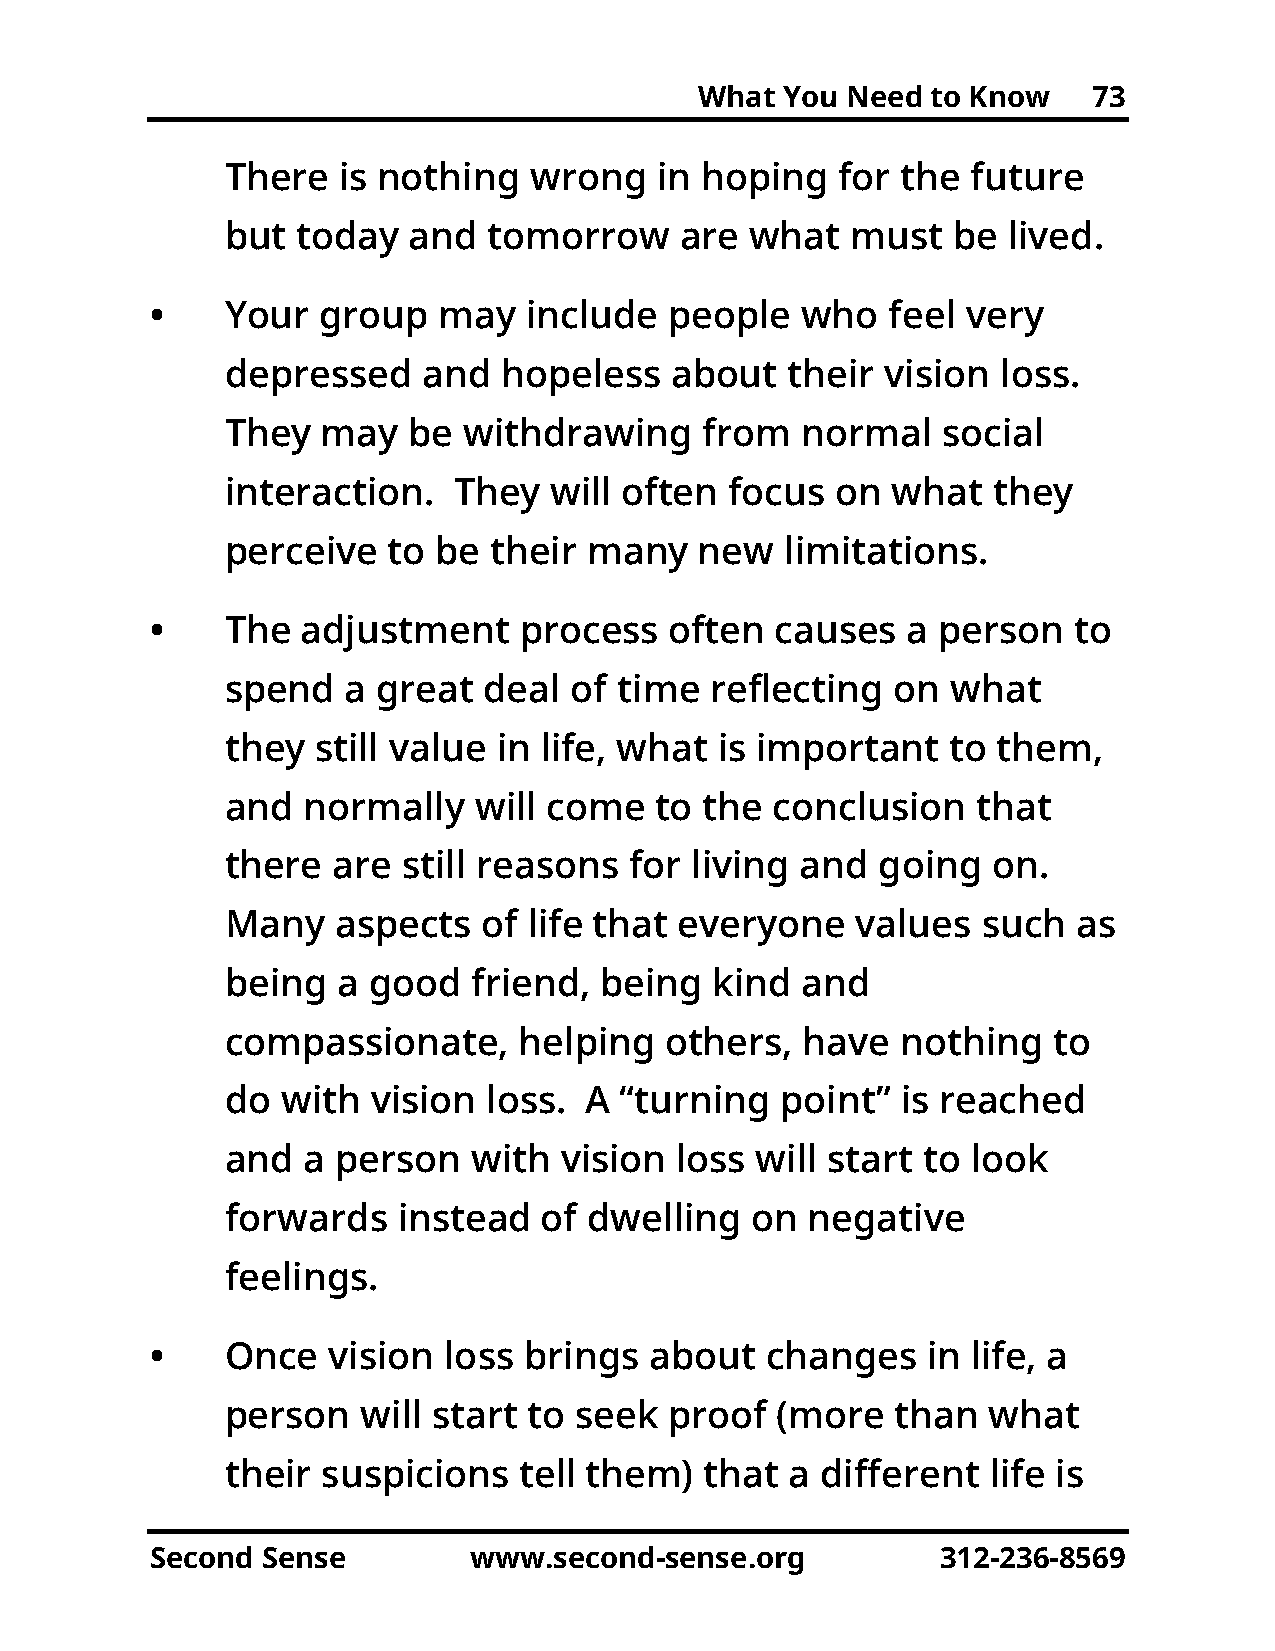
What  You Need  to Know   73
 There  is nothing   wrong   in hoping    for the future
 but  today  and  tomorrow     are  what  must   be  lived.
 •    Your  group   may   include  people   who   feel very
 depressed    and  hopeless   about   their  vision loss.
 They  may   be  withdrawing     from  normal   social
 interaction.   They  will often  focus  on  what   they
 perceive   to be their  many   new   limitations.
 •    The  adjustment    process   often  causes   a person   to
 spend   a great  deal  of time  reflecting  on  what
 they  still value in life, what  is important   to them,
 and  normally   will come   to  the conclusion    that
 there  are  still reasons  for living and  going   on.
 Many   aspects   of life that everyone    values  such  as
 being  a good   friend,  being  kind  and
 compassionate,     helping   others,  have   nothing   to
 do  with  vision loss.  A “turning   point”  is reached
 and  a person   with  vision  loss will start to look
 forwards   instead   of dwelling   on  negative
 feelings.
 •    Once   vision loss  brings  about   changes   in life, a
 person   will start to seek  proof  (more   than  what
 their suspicions   tell them)   that a different   life is
 Second Sense         www.second-sense.org           312-236-8569